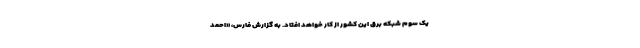
یک سوم شبکه برق این کشور از کار خواهد افتاد. به گزارش فارس، «احمد